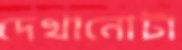
দেখানোটা